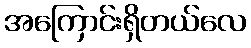
အကြောင်းရှိတယ်လေ